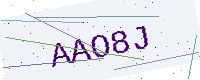
Text: AAO8J